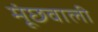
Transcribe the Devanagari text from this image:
मूंछवाली